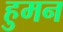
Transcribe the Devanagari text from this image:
हुमन